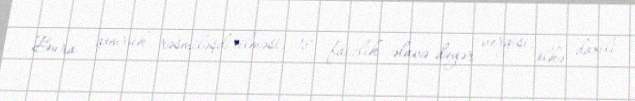
Bura gömrük rəsmiləşdirilməsi, 18 faizlik əlavə dəyər vergisi, ölkə daxili